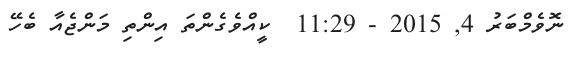
ނޮވެމްބަރު 4